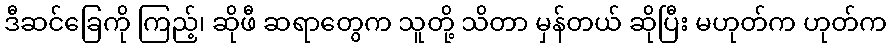
ဒီဆင်ခြေကို ကြည့်၊ ဆိုဖီ ဆရာတွေက သူတို့ သိတာ မှန်တယ် ဆိုပြီး မဟုတ်က ဟုတ်က